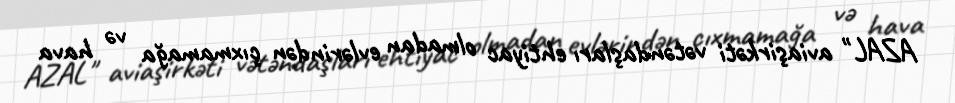
AZAL" aviaşirkəti vətəndaşları ehtiyac olmadan evlərindən çıxmamağa və hava